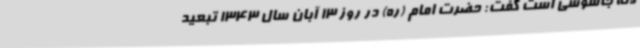
لانه جاسوسی است گفت: حضرت امام (ره) در روز 13 آبان سال 1343 تبعید